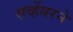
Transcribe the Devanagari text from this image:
सर्व्हेयरने